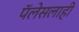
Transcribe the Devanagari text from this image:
पॅलेसलाही